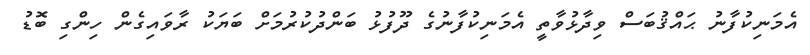
އެމަނިކުފާނު ޙައްޤުބަސް ވިދާޅުވާތީ އެމަނިކުފާނުގެ ދޫފުޅު ބަންދުކުރުމަށް ބަޔަކު ރާވައިގެން ހިންގި ބޮޑު